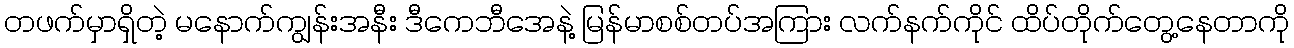
တဖက်မှာရှိတဲ့ မနောက်ကျွန်းအနီး ဒီကေဘီအေနဲ့ မြန်မာစစ်တပ်အကြား လက်နက်ကိုင် ထိပ်တိုက်တွေ့နေတာကို